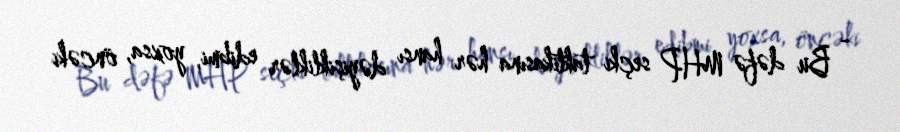
- Bu dəfə MHP seçki taktikasına hər hansı dəyişikliklər edibmi, yoxsa, öncəki